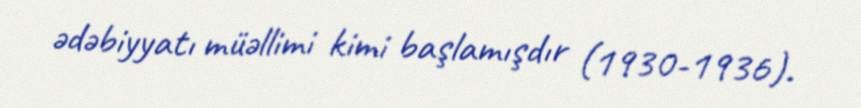
ədəbiyyatı müəllimi kimi başlamışdır (1930-1936).